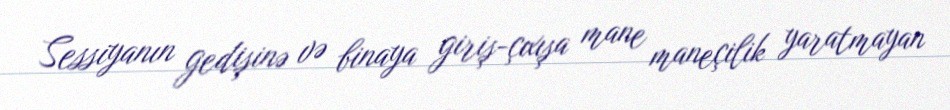
Sessiyanın gedişinə və binaya giriş-çıxışa mane maneçilik yaratmayan